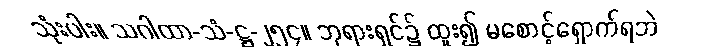
သုံးပါး။ သဂါထာ-သံ-ဋ္ဌ-၂၅၄။ ဘုရားရှင်၌ ထူး၍ မစောင့်ရှောက်ရဘဲ